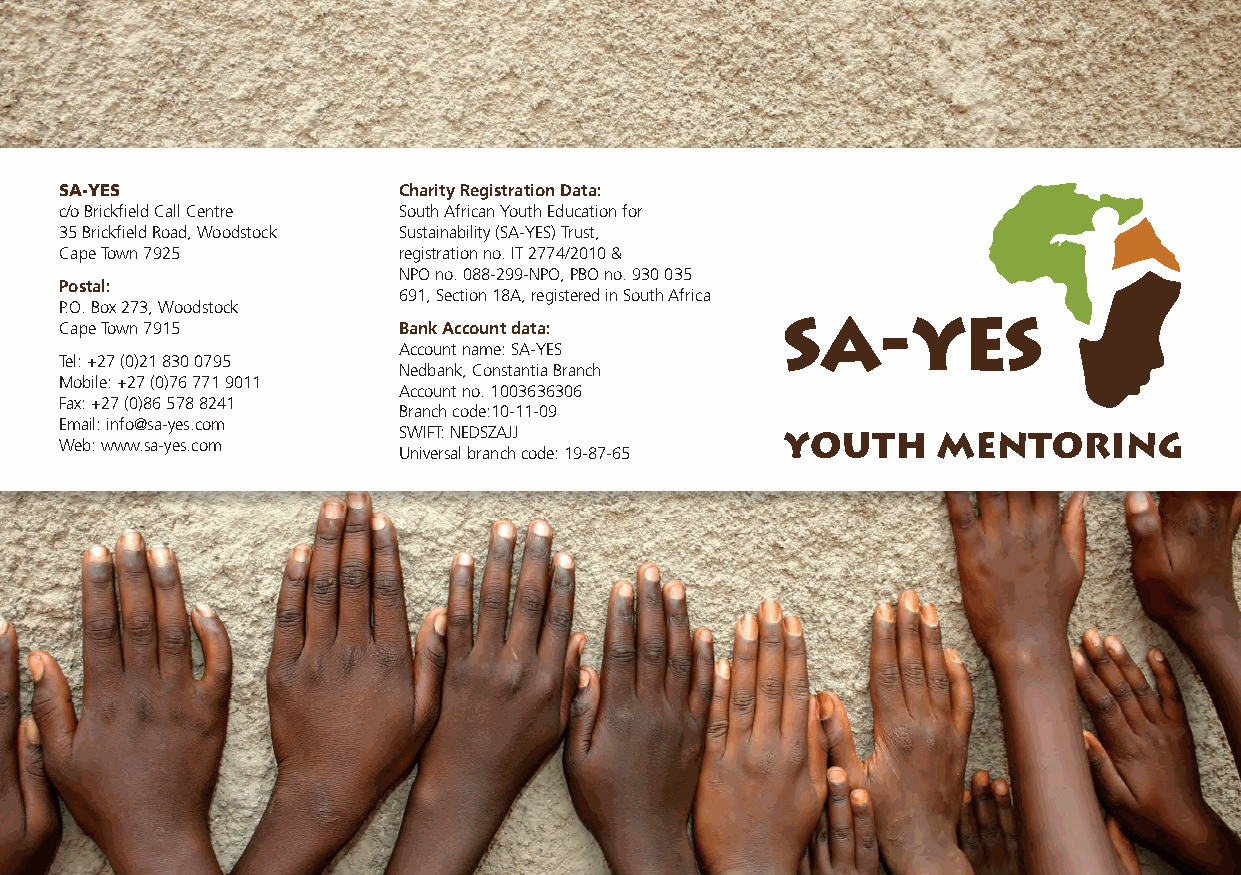
SA-YES                Charity Registration Data:
 c/o Brickfield Call Centre South African Youth Education for
 35 Brickfield Road, Woodstock Sustainability (SA-YES) Trust,
 Cape Town 7925        registration no. IT 2774/2010 &
 NPO no. 088-299-NPO, PBO no. 930 035
 Postal:
 691, Section 18A, registered in South Africa
 P.O. Box 273, Woodstock
 Cape Town 7915        Bank Account data:
 Account name: SA-YES
 Tel: +27 (0)21 830 0795
 Nedbank, Constantia Branch
 Mobile: +27 (0)76 771 9011
 Account no. 1003636306
 Fax: +27 (0)86 578 8241
 Branch code:10-11-09
 Email: info@sa-yes.com
 SWIFT: NEDSZAJJ
 Web: www.sa-yes.com
 Universal branch code: 19-87-65